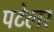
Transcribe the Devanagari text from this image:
पटेलर